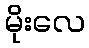
မိုးလေ